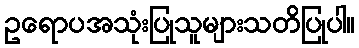
ဥရောပအသုံးပြုသူများသတိပြုပါ။